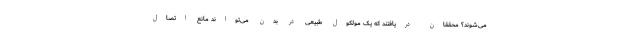
می‌شوند؟ محققان دریافتند که یک مولکول طبیعی در بدن می‌تواند مانع اتصال